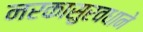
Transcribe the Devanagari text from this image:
नरकासुरवधाने